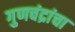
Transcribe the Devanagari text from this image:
गुणचंद्रांचा